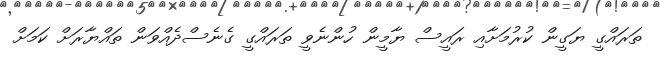
ތަރައްގީ ޔަގީން ކުރުމަށާއި ރައީސް ޔާމީން ހުންނެވީ ތަރައްގީ ގެނެސްދެއްވަން ތައްޔާރަށް ކަމަށް